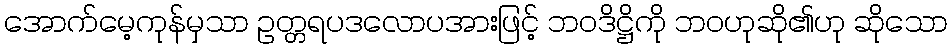
အောက်မေ့ကုန်မှသာ ဥတ္တရပဒလောပအားဖြင့် ဘဝဒိဋ္ဌိကို ဘဝဟုဆို၏ဟု ဆိုသော